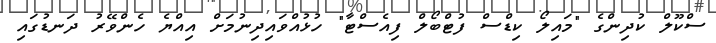
ސްކޫލް ކުދިންގެ "މައިލޯ ކިޑްސް ފުޓްބޯލް ފިއެސްޓާ" ހުޅުއްވައިދިނުމަށް އިއްޔެ ހެންވޭރު ދަނޑުގައި